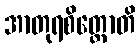
အာတုရစိတ္တောတိ